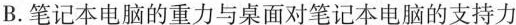
B.笔记本电脑的重力与桌面对笔记本电脑的支持力